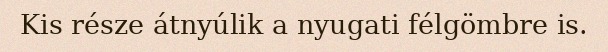
Kis része átnyúlik a nyugati félgömbre is.